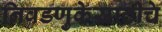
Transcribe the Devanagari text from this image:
निवडणुकेसाठीचे